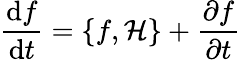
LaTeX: {\frac{\mathrm{d}f}{\mathrm{d}t}}=\{ f,{\mathcal{H}}\} +{\frac{\partial f}{\partial t}}